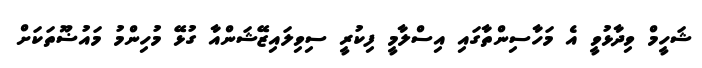
ޝަހީމް ވިދާޅުވީ އެ މަހާސިންތާގައި އިސްލާމީ ފިކުރީ ސިވިލައިޒޭޝަންއާ ގުޅޭ މުހިންމު މައުޟޫތަކަށް